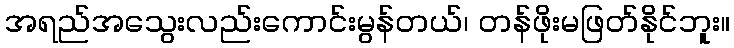
အရည်အသွေးလည်းကောင်းမွန်တယ်၊ တန်ဖိုးမဖြတ်နိုင်ဘူး။